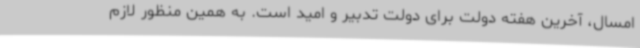
امسال، آخرین هفته دولت برای دولت تدبیر و امید است. به همین منظور لازم